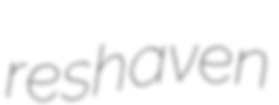
reshaven